King Institute of Preventive Medicine Micro-Biological Section reports 1909-11
Year: 1909
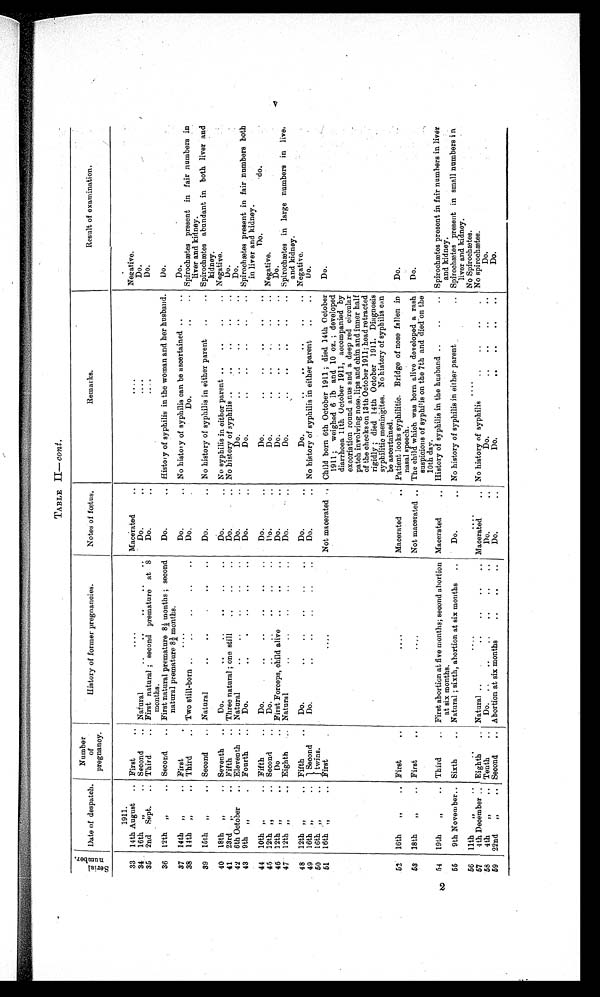
TABLE II— cont.
S e r i a l n u m b e r .
Date of despatch.
Number
of
pregnancy.
History of former pregnancies.
Notes of foetus.
Remarks.
Result of examination,
1911.
33
14th August .. First
..
Macerated
..
Negative.
34 16th „
. . Second
.. Natural
Do.
Do.
35
2nd Sept. ..
Third
.. First natural ; second premature at 8
months.
Do.. .
36
12th „
.. Second.
.. First natural premature 81/2 months ; second
natural premature 81/2 months.
Do.
.. Histo:y of syphilis in the woman and her husband.
Do.
37
14th „
.. First
.
Do.
.. No history of syphilis can be ascertained ..
..
Do.
38
14th ,,
.. Third
.. Two still-born ..
..
..
..
..
Do.
Do.
..
.. Spirochætes present in fair numbers in
liver and kidney.
39
15th „
.. Second
. . Natural
..
..
..
..
Do.
.. No history of syphilis in either parent
..
.. Spirochætes abundant in both liver and
kidney.
40
18th „
.. Seventh
..
Do.
..
..
..
..
..
Do.
No syphilis in either parent ..
. ,
. ,
.. Negative.
41
23rd ,,
.. Fifth
. . Three natural ; one still
..
Do.
No history of syphilis
..
..
Do.
42 6th October
.. Eleventh ..
..
Natural..
..
..
..
..
..
. . •
43 9th ,,
. Fourth
..
Do... .
..
..
..
. .
Do.
..
..
..
..
.. Spirochætes present in fair numbers both
in liver and kidney.
44 10th ,,.. Fifth
..
Do.
Do.
Do.
..
..
.. •
00
..
Do.
do.
45 12th ,,
.. Second
..
Do... ..
..
..
..
.
..
Do.
..
..
..
..
Negative.
46
12th ,,
. .
Do. ..
First Forceps, child alive
..
..
..
Do.
..
Do.
..
..
. . ..
..
Do.
47
12th „
Eighth
Natural
Do.
..
..
..
..
.. Spirochætes in large numbers in live.
and kidney.
48
12th „
.. Fifth
..
Do... •
..
..
..
..
..
Do.
..
.. ..
..
..
Negative.
49
16th „
..
Second
twins.
Do.
. . . . .. . . . .
Do.
. .
No history of syphilis in either parent
..
..
Do.
50
16th „
..
51
16th ,,
.. First
. .
.
Not macerated . . Child born 6th October 1911 ; died 14th October
1911 ; weighed 6 1b and 10 oz. ; developed
diarrhoea 11th October 1911, accompanied by
excoriation round anus and a deep red circular
patch involving nose, lips and chin and inner half
of the checks on 13th October 1911; head retracted
rigidly ; died 14th October 1911. Diagnosis
syphilitic meningites. No history of syphilis can
be ascertained.
Do.
52
16th
„
. . First
. .
....
Macerated
. . Patient looks syphilitic. Bridge of nose fallen in
nasal speech.
Do.
53 18th
„
.. First
. .
.. , .
Not macerated .. The child which was born alive developed a rash
suspicions of syphilis on the 7th and died on the
10th day.
Do.
54
19th
„
.. Third
.. First abortion at five months; second abortion
at six months.
Macerated
. . History of syphilis in the husband ..
..
.. Spirochætes present in fair numbers in liver
and kidney.
55
9th November.. Sixth
.. Natural ; sixth, abortion at six months
. .
Do.
. . No history of syphilis in either parent .. Spirochætes present in small numbers i n
liver and kidney.
56
11th
,,
..
..
....
. . . .
.
.
. .
No Spirochætes.
57
4th December .. Eighth
.. Natural ..
..
..
..
Macerated
.. No history of syphilis
.. ..
O.
.
No spirochætes.
58 4th „ ,
.. Tenth
..
Do.
. . .. .. .. ..
Do.
Do.
Do.
59
22nd
„
.. Second
. . Abortion at six months
..
..
Do.
Do.
Do.